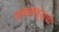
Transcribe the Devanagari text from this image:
गायकवृंदाचा